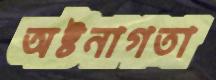
অষ্টনাগতা